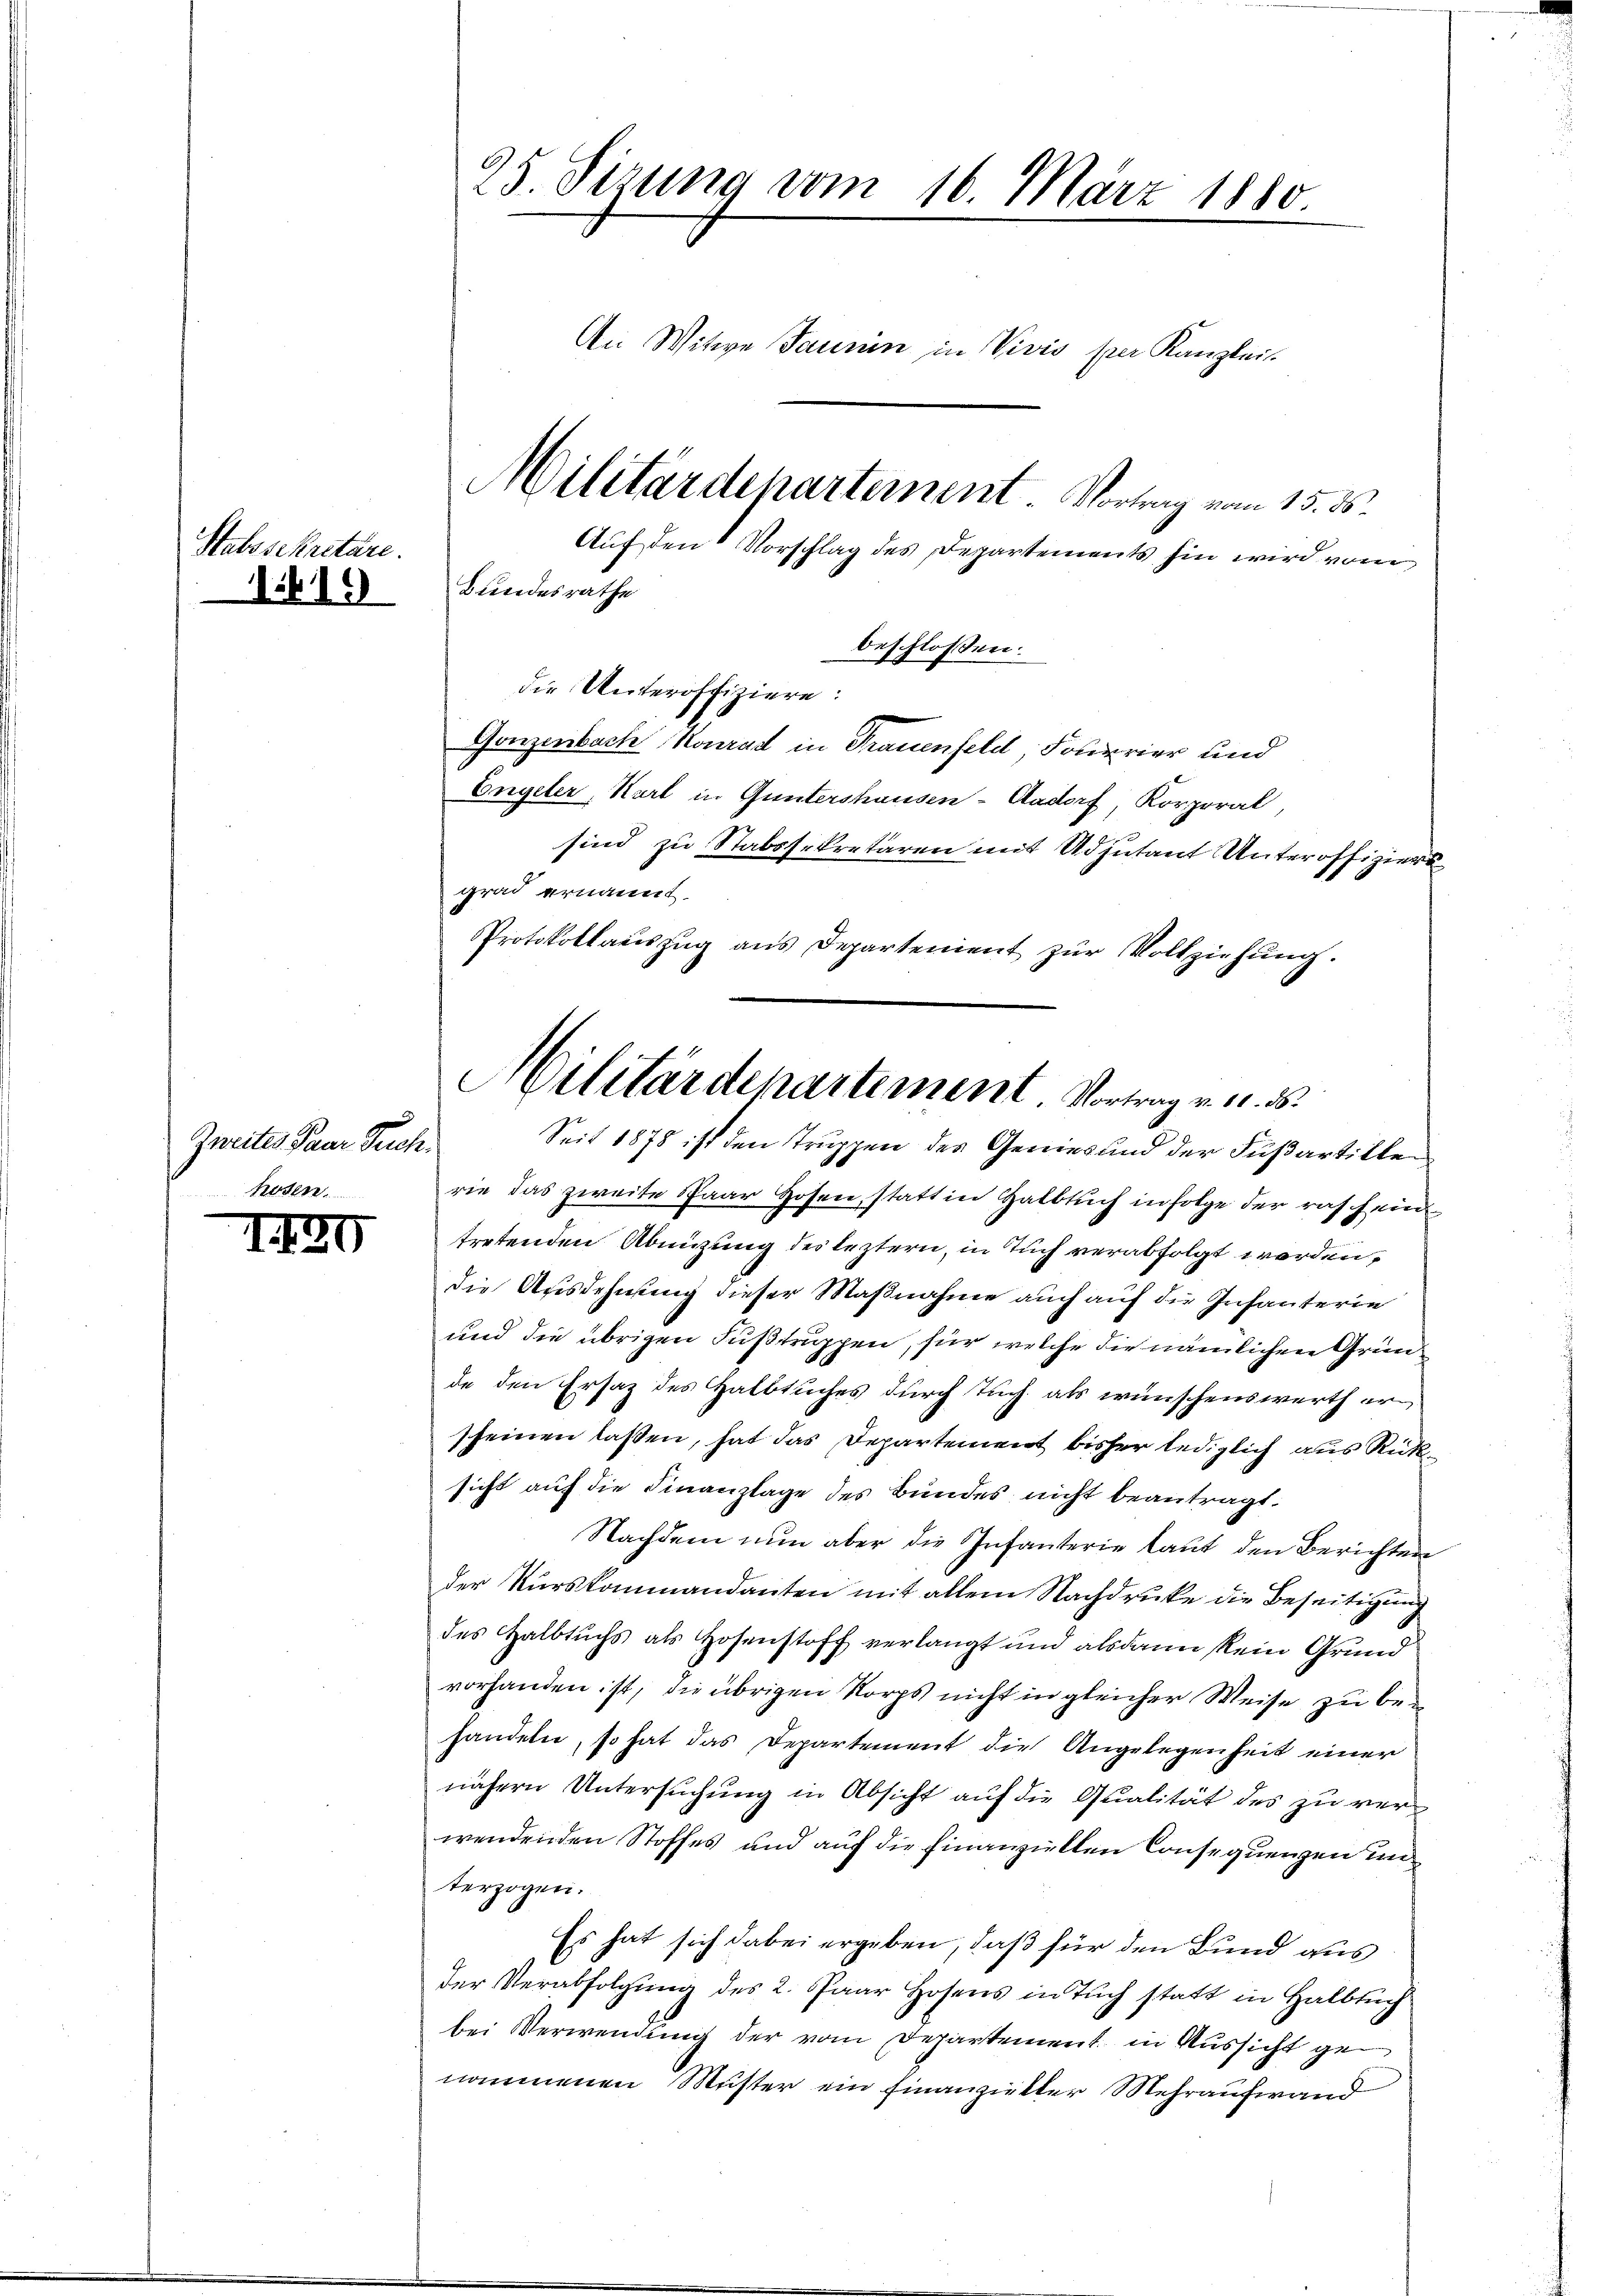
Stabesekretäre.
1419

Zweites Paar Tuch.
hosen.

1430

25. Sizung vom 16. März 1880
An Witwe Janin in Vivis per Kanzlei.
Militärdepartement. Vortrag vom 15. ds.
Auf den Vorschlag des Departements hin wird vom

beschlossen:
die Unteroffiziere:
Gonzenbach Konrad in Trauenfeld Fourrier und
Engeler, Karl in Guntershausen-Aadorf, Korporat,
sind zu Stabssekretären mit Adjutant Unteroffiziers
grad ernannt.
Protokollauszug aus Departement zur Vollziehung.

Seit 1878 ist den Truppen des Genies und der Fußartillen
rie das zweite Spaar Hosen, statt in Halbtuch in Folge der raschein
tretenden Abnüzung des leztern, in Tuch verabfolgt werden,
die Ausdehnung dieser Maßnahme auch auf die Infanterie
und die übrigen Fußtruppen, für welche die nämlichen Gründe den Ersatz des Halbtuches durch Tuch als wünschenswerth erscheinen lassen, hat das Departement bisher lediglich aus Rücksicht auf die Finanzlage des Bundes nicht beantragt.
Nachdem nun aber die Infanterie laut den Berichten
der Kurskommandanten mit allem Nachdrucke die Beseitigung
des Halbtuchs als Hosenstoff verlangt und alsdann kein Grund
vorhanden ist, die übrigen Norps nicht in gleicher Weise zu behandeln, so hat das Departement die Angelegenheit einer
nähern Untersuchung in Absicht auf die Qualität des zu verwendenden Stoffes und auf die hinanziellen Consequenzen un
terzogen.
Es hat sich dabei ergeben, daß für den Bund aus
der Verabfolgung des 2. Paar Hosens in Tuch statt in Halbsuch
bei Verwendung der vom Departement in Aussicht genommenen Muster ein Finanzieller Mehraufwand

Bundesrathe

Militärdepartement Vortrag v. u. ds.